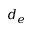
d _ { e }